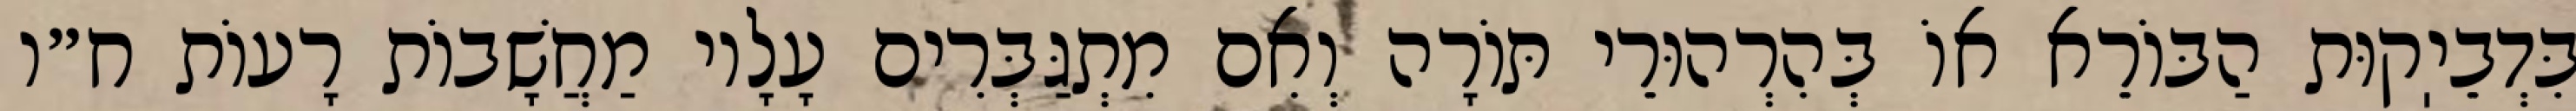
בִּדְבֵיֽקוּת הַבּוֹרֵא אוֹ בְּהִרְהוּרֵי תּוֹרָה וְאִם מִתְגַּבְּרִים עָלָיו מַחֲשָׁבוֹת רָעוֹת ח״ו